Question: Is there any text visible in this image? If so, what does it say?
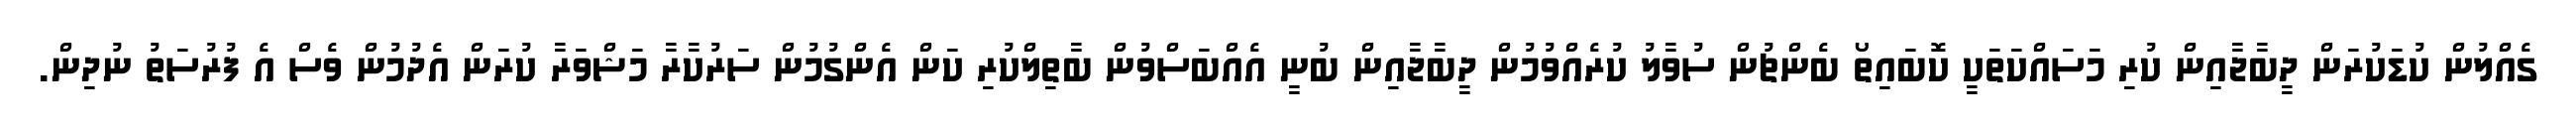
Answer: ގެއްލުން ކުޑަކުރަން ދީބާޖާއިން ކުރި މަސައްކަތަކީ ކޮބައިތޯ ބެންޗުން ސުވާލު ކުރެއްވުމުން ދީބާޖާއިން ބުނީ އެއްބަސްވުން ބާތިލްކުރި ކަން އެންގުމުން ސަރުކާރާ މަޝްވަރާ ކުރަން އެދުމުން ވެސް އެ ފުރުސަތު ނުދިން.